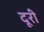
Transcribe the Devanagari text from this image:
दूरी